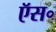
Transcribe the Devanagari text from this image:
ऍस॰